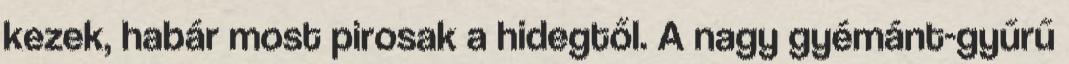
kezek, habár most pirosak a hidegtől. A nagy gyémánt-gyűrű